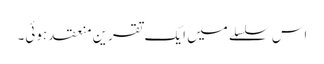
اس سلسلے میں ایک تقرین منعقد ہوئی۔